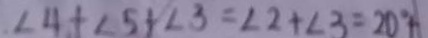
\angle 4 + \angle 5 + \angle 3 = \angle 2 + \angle 3 = 2 0 ^ { \circ } A